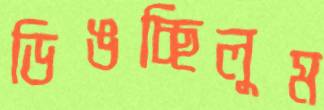
ডিঙচ্ছিলুম